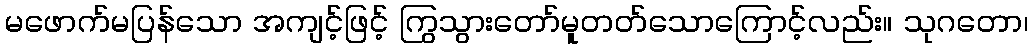
မဖောက်မပြန်သော အကျင့်ဖြင့် ကြွသွားတော်မူတတ်သောကြောင့်လည်း။ သုဂတော၊